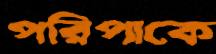
পরিপাকে